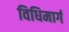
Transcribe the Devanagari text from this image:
विधिमार्ग